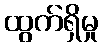
ထွက်ရှိမှု